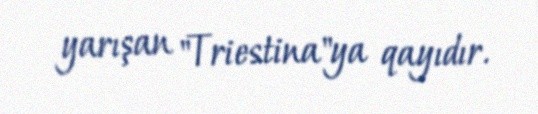
yarışan "Triestina"ya qayıdır.